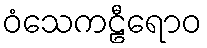
ဝံသေကဠီရောဝ